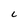
Character: 6